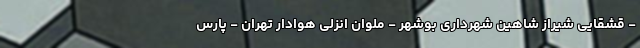
- قشقایی شیراز شاهین شهرداری بوشهر - ملوان انزلی هوادار تهران - پارس